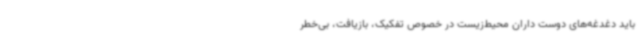
باید دغدغه‌های دوست داران محیط‌زیست در خصوص تفکیک، بازیافت، بی‌خطر